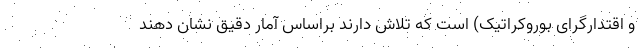
و اقتدارگرای بوروکراتیک) است که تلاش دارند براساس آمار دقیق نشان ‌دهند